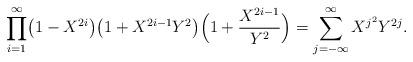
LaTeX: \begin{align*} \prod_{i=1}^\infty\bigl(1-X^{2i}\bigr)\bigl(1+X^{2i-1}Y^2\bigr)\Bigl(1+\frac{X^{2i-1}}{Y^2}\Bigr)=\sum_{j=-\infty}^\infty X^{j^2}Y^{2j}. \end{align*}